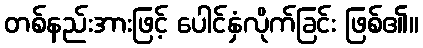
တစ်နည်းအားဖြင့် ပေါင်နှံလိုက်ခြင်း ဖြစ်၏။